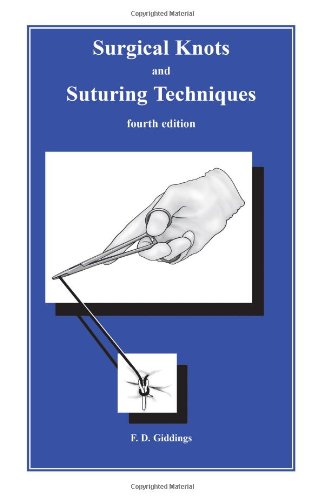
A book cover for Surgical Knots and Suturing Techniques Fourth Edition; F. D. Giddings; Medical Books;